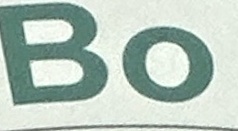
Bo